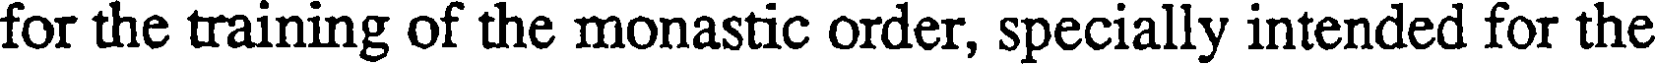
for the training of the monastic order, specially intended for the